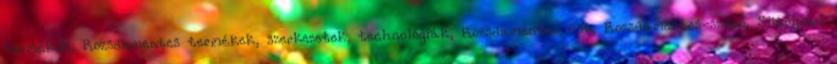
termékek, Rozsdamentes termékek, szerkezetek, technológiák, Rozsdamentes üst, Rozsdamentes-szűrő, Sütőipari